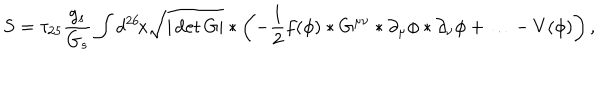
S = \tau _ { 2 5 } \frac { g _ { s } } { G _ { s } } \int d ^ { 2 6 } \! x \sqrt { | \det G | } * \left( - \frac { 1 } { 2 } f ( \phi ) * G ^ { \mu \nu } * \partial _ { \mu } \phi * \partial _ { \nu } \phi + \ldots - V ( \phi ) \right) ,